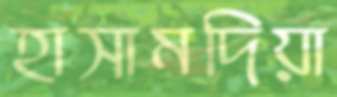
হাসামদিয়া